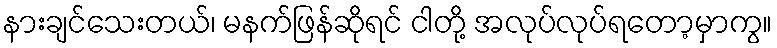
နားချင်သေးတယ်၊ မနက်ဖြန်ဆိုရင် ငါတို့ အလုပ်လုပ်ရတော့မှာကွ။